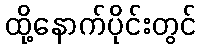
ထို့နောက်ပိုင်းတွင်